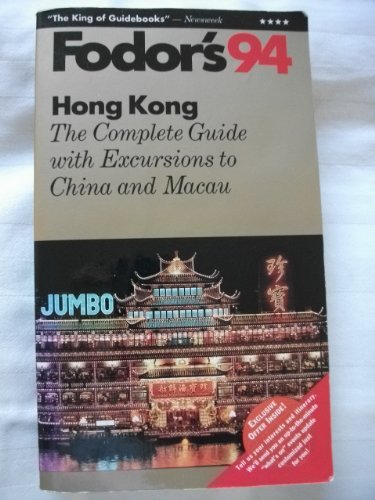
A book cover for Hong Kong '94: The Complete Guide with Excursions to China and Macau (Gold Guides); Fodor's; Travel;